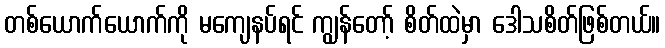
တစ်ယောက်ယောက်ကို မကျေနပ်ရင် ကျွန်တော့် စိတ်ထဲမှာ ဒေါသစိတ်ဖြစ်တယ်။